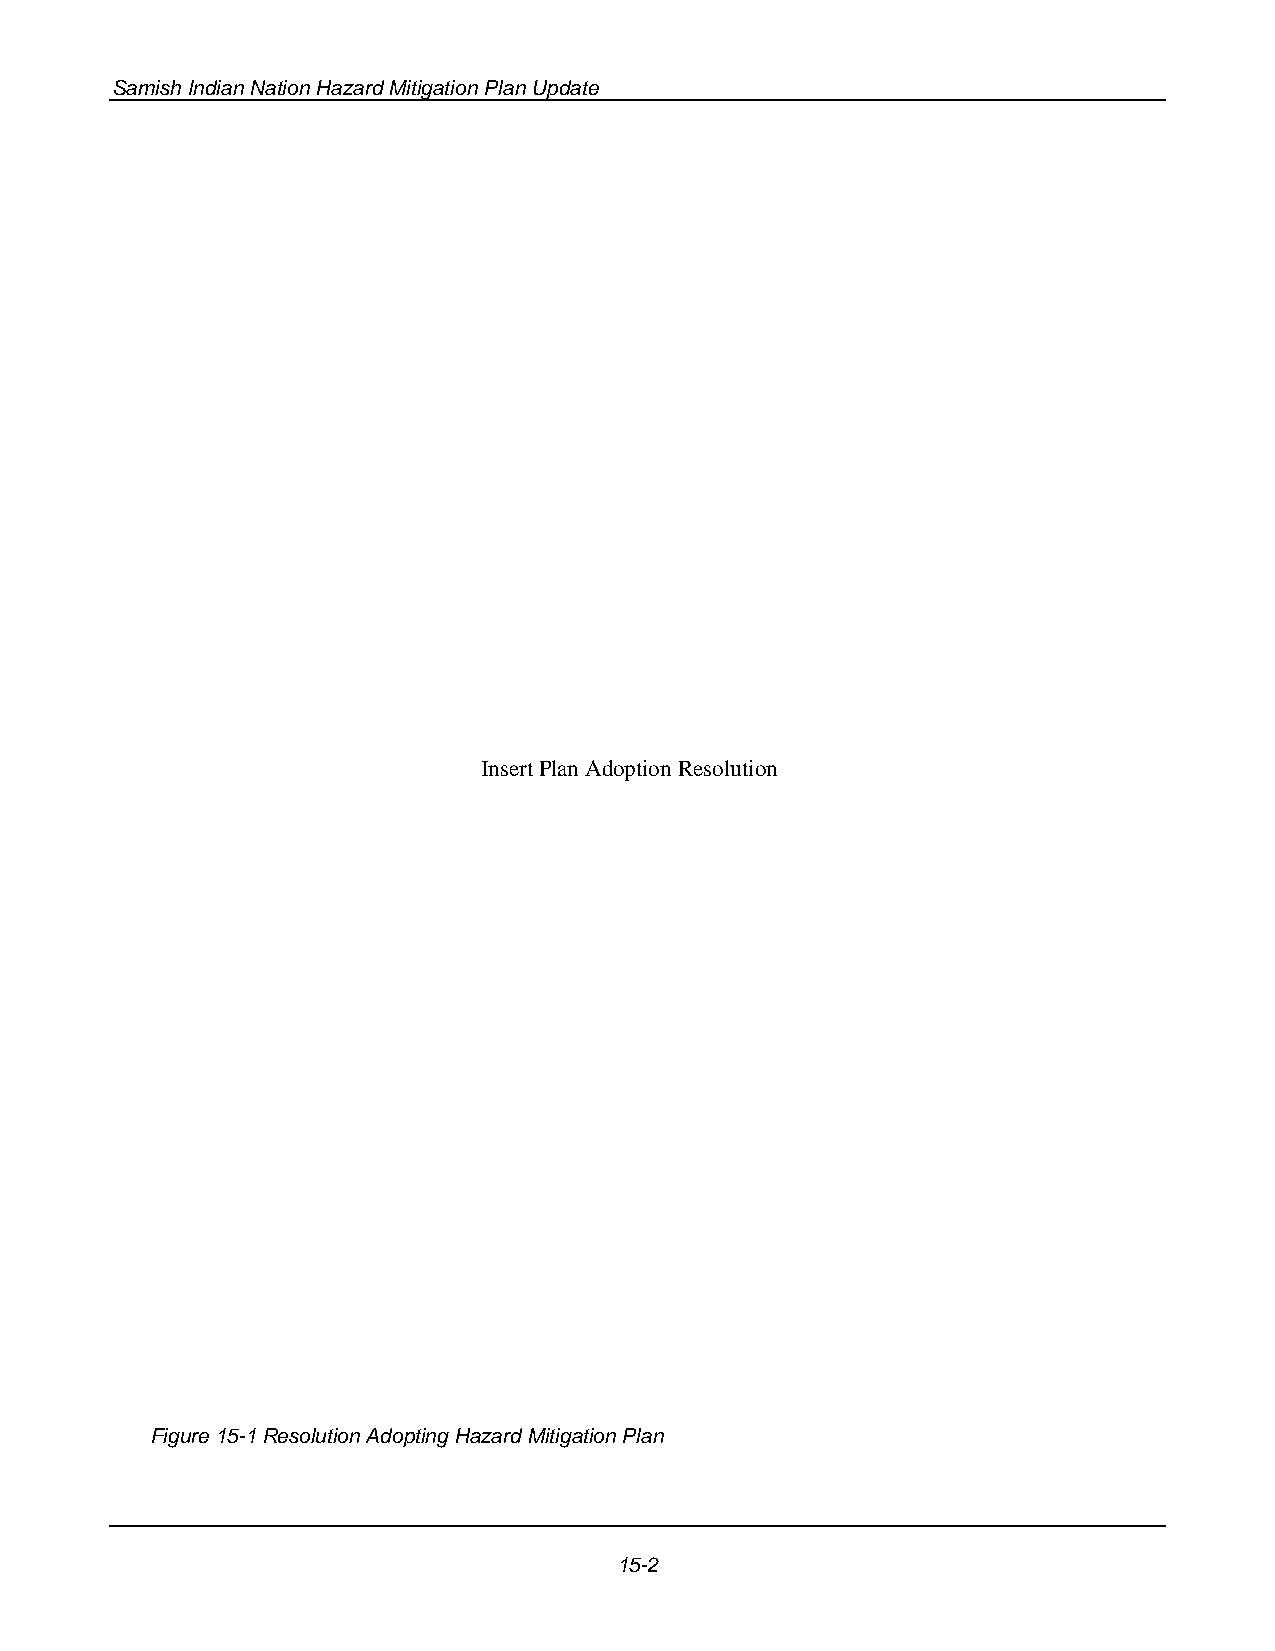
Samish Indian Nation Hazard Mitigation Plan Update
 Figure 15-1 Resolution Adopting Hazard Mitigation Plan
 15-2
 I n s e r t P l a n A d o p ti o n R e s o l u t i o n